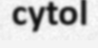
cytol